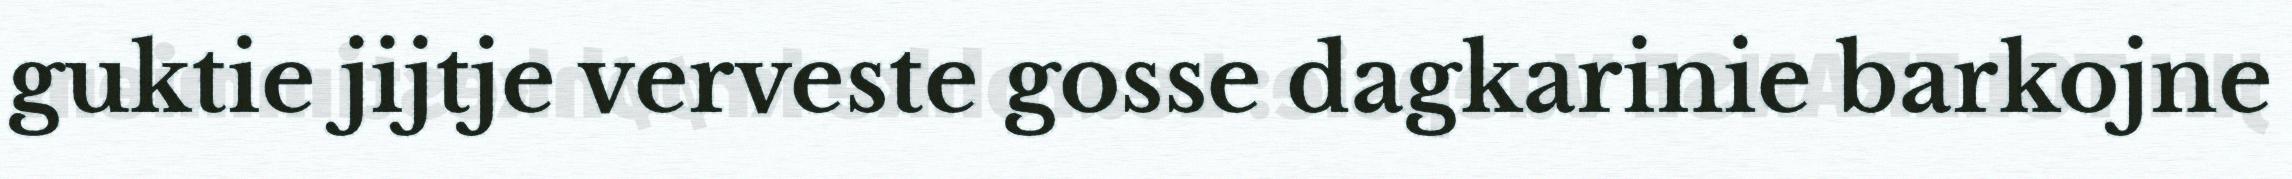
guktie jijtje verveste gosse dagkarinie barkojne